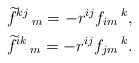
\begin{align*}&\widetilde{f}^{kj}\,_{m}=-r^{ij}f_{im}\,^{k},\\&\widetilde{f}^{ik}\,_{m}=-r^{ij}f_{jm}\,^{k}.\end{align*}